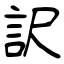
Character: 訳